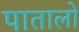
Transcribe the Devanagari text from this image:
पातालों